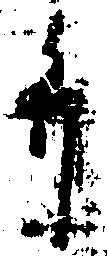
弁